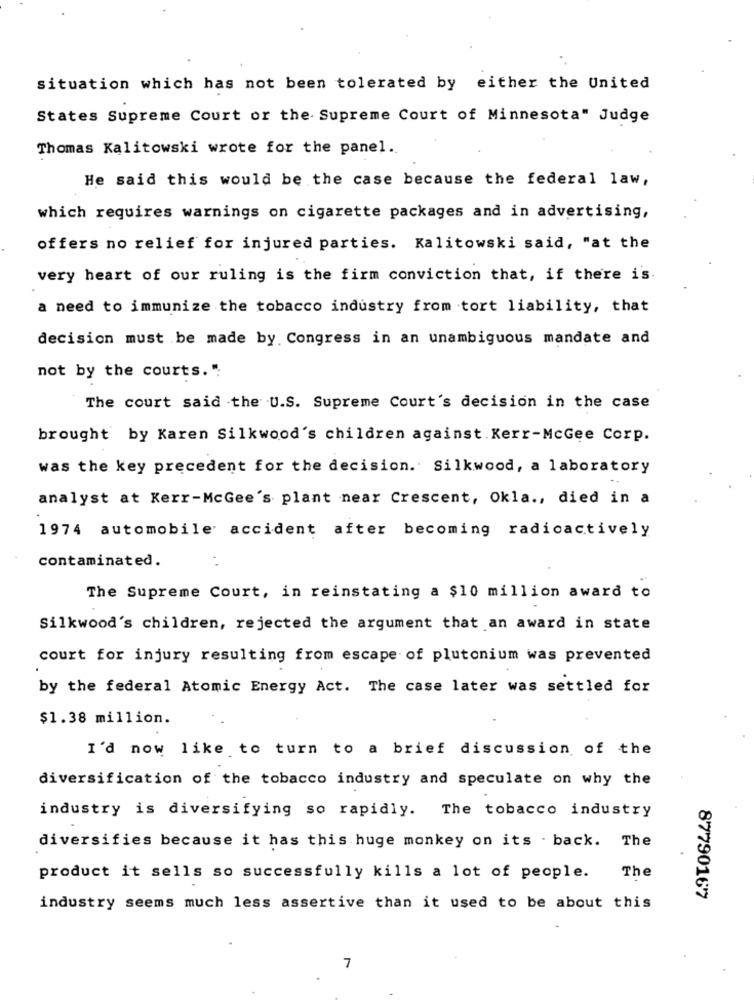
situation which has not been tolerated by either the United
States Supreme Court or the Supreme Court of Minnesota" Judge
Thomas Kalitowski wrote for the panel.
He said this would be the case because the federal law,
which requires warnings on cigarette packages and in advertising,
offers no relief for injured parties. Kalitowski said, "at the
very heart of our ruling is the firm conviction that, if there is
a need to immunize the tobacco industry from tort liability, that
decision must be made by. Congress in an unambiguous mandate and
not by the courts.";
The court said the U.S. Supreme Court's decision in the case
brought by Karen Silkwood's children against. Kerr-McGee Corp.
was the key precedent for the decision. Silkwood, a laboratory
analyst at Kerr-McGee's plant near Crescent, Okla ., died in a
1974 automobile accident after becoming radicactively
contaminated.
The Supreme Court, in reinstating a $10 million award to
Silkwood's children, rejected the argument that an award in state
court for injury resulting from escape of plutonium was prevented
by the federal Atomic Energy Act. The case later was settled for
$1.38 million.
I'd now like to turn to a brief discussion of the
diversification of the tobacco industry and speculate on why the
industry is diversifying so rapidly. The tobacco industry
diversifies because it has this huge monkey on its . back. The
The
product it sells so successfully kills a lot of people.
87790167
industry seems much less assertive than it used to be about this
7